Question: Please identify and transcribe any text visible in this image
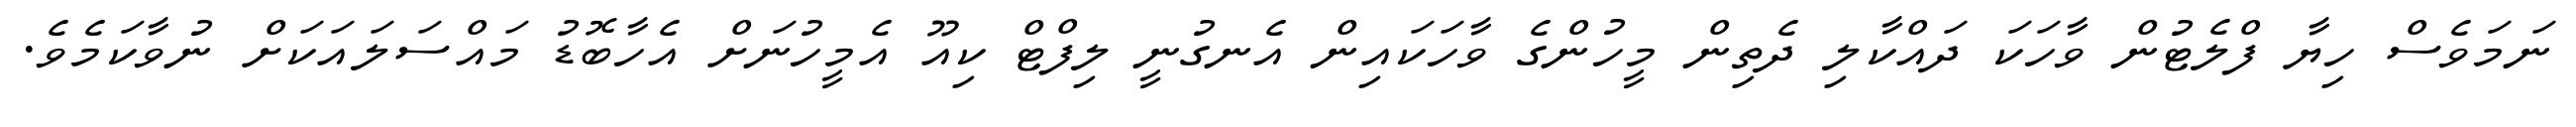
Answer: ނަމަވެސް ހިޔާ ފްލެޓުން ވާހަކަ ދައްކާލި ދެތިން މީހުންގެ ވާހަކައިން އެނގުނީ ލިފްޓް ކިއޫ އެމީހުނަށް އެހާބޮޑު މައްސަލައަކަށް ނުވާކަމެވެ.